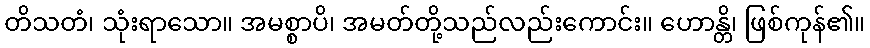
တိသတံ၊ သုံးရာသော။ အမစ္စာပိ၊ အမတ်တို့သည်လည်းကောင်း။ ဟောန္တိ၊ ဖြစ်ကုန်၏။